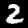
Label: 2